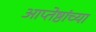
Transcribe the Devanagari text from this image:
आप्‍तेष्ठांच्या